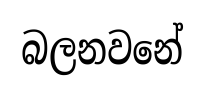
බලනවනේ